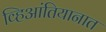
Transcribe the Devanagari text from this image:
व्हिआंतियानात